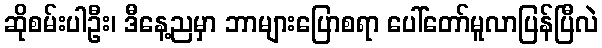
ဆိုစမ်းပါဦး၊ ဒီနေ့ညမှာ ဘာများပြောစရာ ပေါ်တော်မူလာပြန်ပြီလဲ